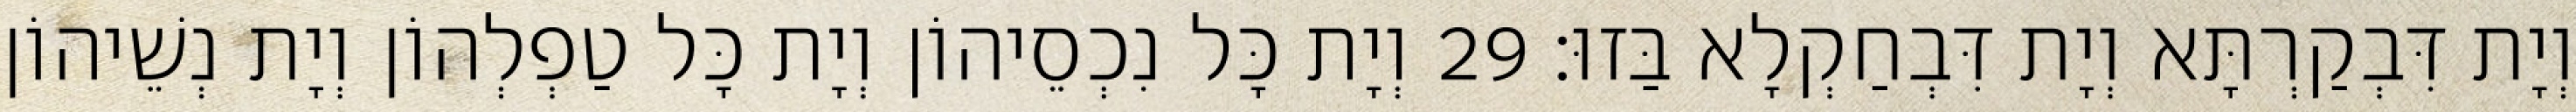
וְיָת דִּבְקַרְתָּא וְיָת דִּבְחַקְלָא בַּזוּ׃ 29 וְיָת כָּל נִכְסֵיהוֹן וְיָת כָּל טַפְלְהוֹן וְיָת נְשֵׁיהוֹן